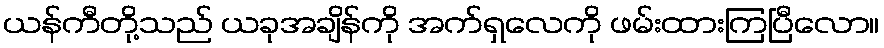
ယန်ကီတို့သည် ယခုအချိန်ကို အက်ရှလေကို ဖမ်းထားကြပြီလော။